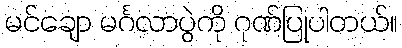
မင်ချော မင်္ဂလာပွဲကို ဂုဏ်ပြုပါတယ်။